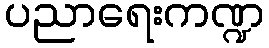
ပညာရေးကဏ္ဍ